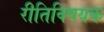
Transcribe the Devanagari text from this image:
रीतिविषयक